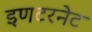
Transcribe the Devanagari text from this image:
इणटरनेट